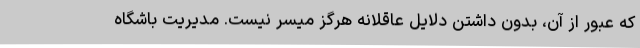
که عبور از آن، بدون داشتن دلایل عاقلانه هرگز میسر نیست. مدیریت باشگاه